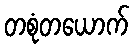
တစုံတယောက်